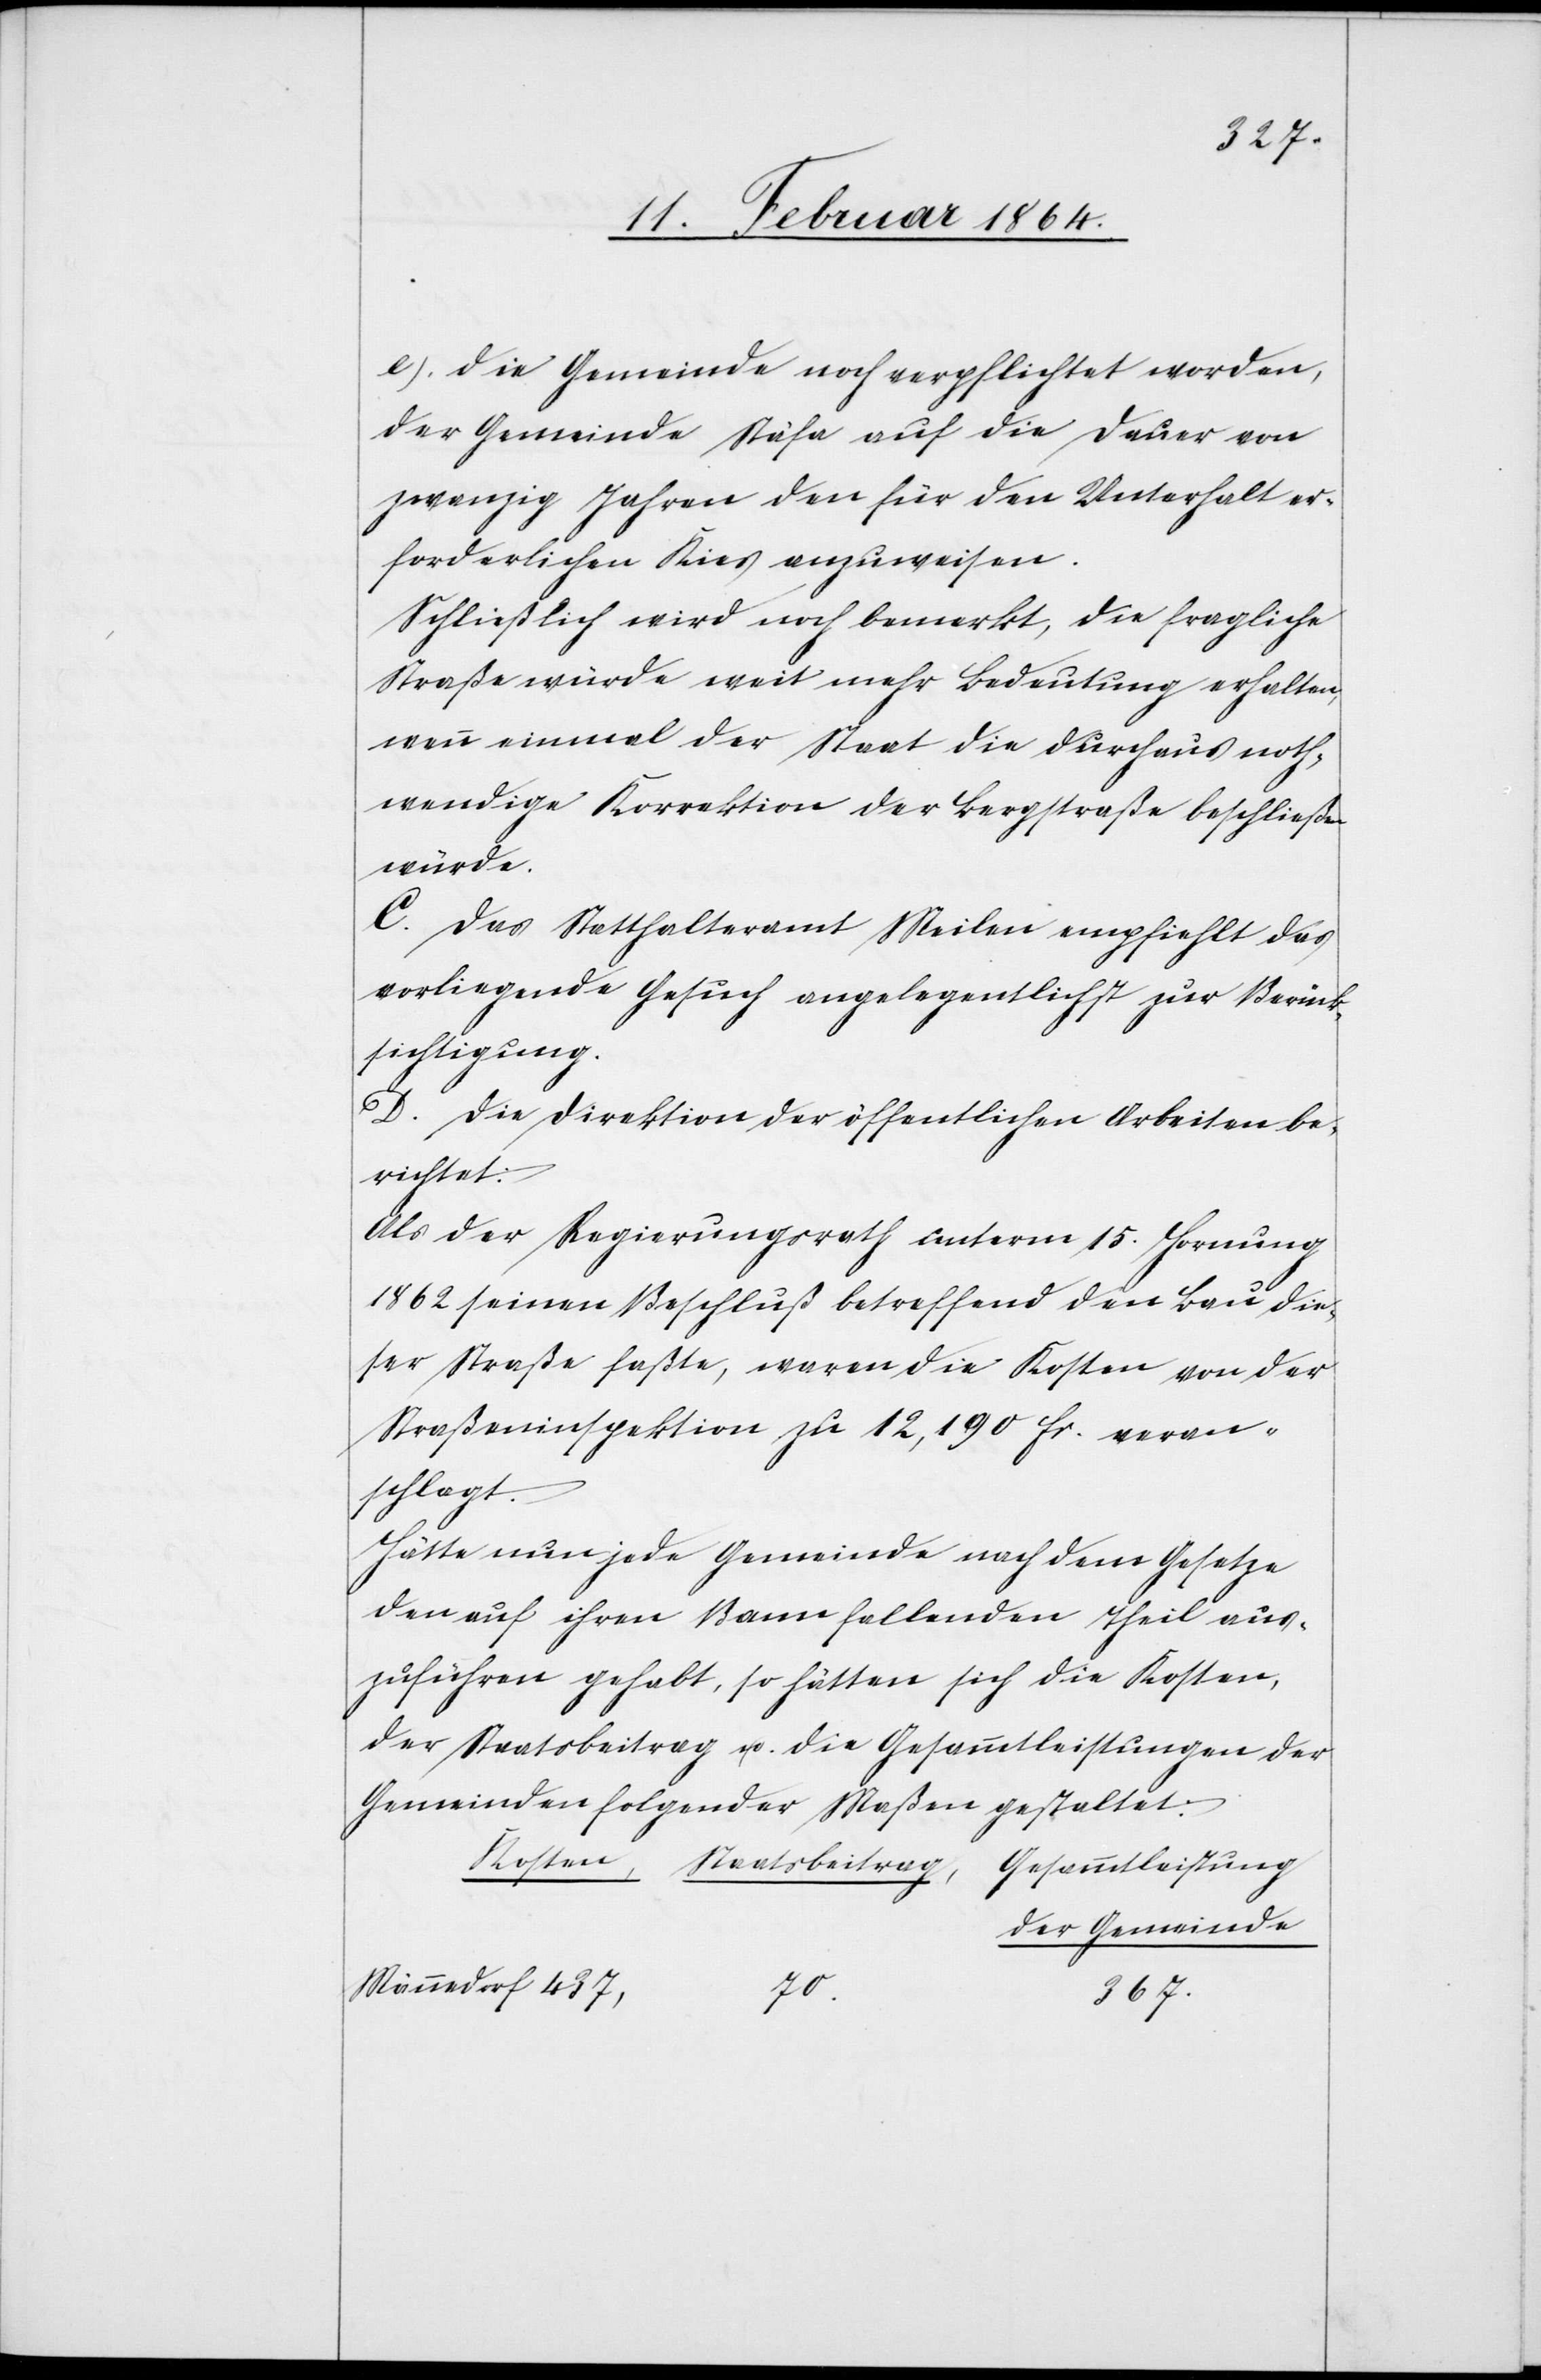
437,
e. Die Gemeinde noch verpflichtet worden,
der Gemeinde Stäfa auf die Dauer von
zwanzig Jahren den für den Unterhalt er¬
forderlichen Kies anzuweisen.
Schließlich wird noch bemerkt, die fragliche
Straße würde weit mehr Bedeutung erhalten,
wenn einmal der Staat die durchaus noth¬
wendige Korrektion der Bergstraße beschließen
würde.
C. Das Statthalteramt Meilen empfiehlt das
vorliegende Gesuch angelegentlichst zur Berück¬
sichtigung.
D. Die Direktion der öffentlichen Arbeiten be¬
richtet:
Als der Regierungsrath unterm 15. Hornung
1862 seinen Beschluß betreffend den Bau die¬
ser Straße faßte, waren die Kosten von der
Straßeninspektion zu 12,190 fr. veran¬
schlagt.
Hätte nun jede Gemeinde nach dem Gesetze
den auf ihren Bann fallenden Theil aus¬
zuführen gehabt, so hätten sich die Kosten,
der Staatsbeitrag u. die Gesammtleistungen der
Gemeinden folgender Maßen gestaltet:
der Gemeinde
70.
367.